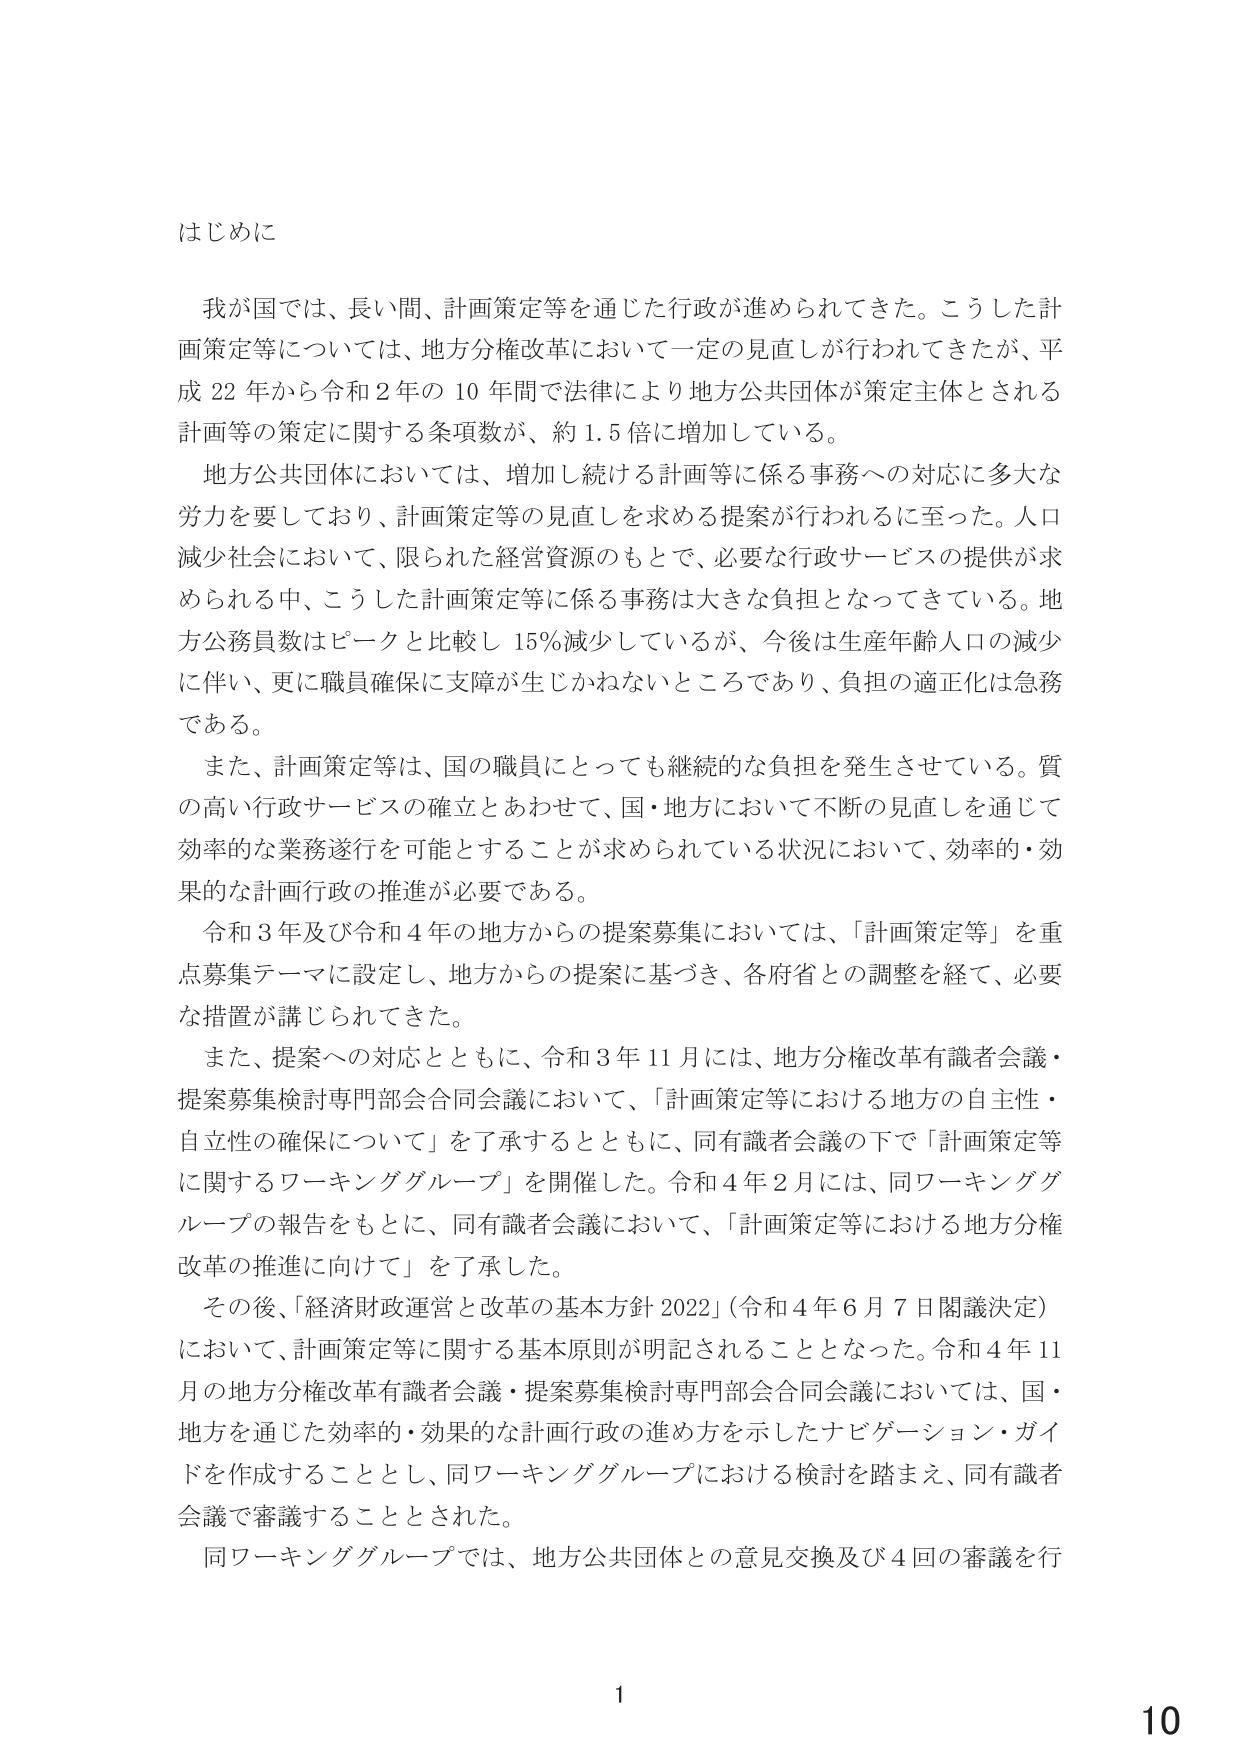
はじめに

我が国では、長い間、計画策定等を通じた行政が進められてきた。こうした計画策定等については、地方分権改革において一定の見直しが行われてきたが、平成22年から令和2年の10年間で法律により地方公共団体が策定主体とされる計画等の策定に関する条項数が、約1.5倍に増加している。

地方公共団体においては、増加し続ける計画等に係る事務への対応に多大な労力を要しており、計画策定等の見直しを求める提案が行われるに至った。人口減少社会において、限られた経営資源のもとで、必要な行政サービスの提供が求められる中、こうした計画策定等に係る事務は大きな負担となってきている。地方公務員数はピークと比較し15％減少しているが、今後は生産年齢人口の減少に伴い、更に職員確保に支障が生じかねないところであり、負担の適正化は急務である。

また、計画策定等は、国の職員にとっても継続的な負担を発生させている。質の高い行政サービスの確立とあわせて、国・地方において不断の見直しを通じて効率的な業務遂行を可能とすることが求められている状況において、効率的・効果的な計画行政の推進が必要である。

令和3年及び令和4年の地方からの提案募集においては、「計画策定等」を重点募集テーマに設定し、地方からの提案に基づき、各府省との調整を経て、必要な措置が講じられてきた。

また、提案への対応とともに、令和3年11月には、地方分権改革有識者会議・提案募集検討専門部会合同会議において、「計画策定等における地方の自主性・自立性の確保について」を了承するとともに、同有識者会議の下で「計画策定等に関するワーキンググループ」を開催した。令和4年2月には、同ワーキンググループの報告をもとに、同有識者会議において、「計画策定等における地方分権改革の推進に向けて」を了承した。

その後、「経済財政運営と改革の基本方針2022」（令和4年6月7日閣議決定）において、計画策定等に関する基本原則が明記されることとなった。令和4年11月の地方分権改革有識者会議・提案募集検討専門部会合同会議においては、国・地方を通じた効率的・効果的な計画行政の進め方を示したナビゲーション・ガイドを作成することとし、同ワーキンググループにおける検討を踏まえ、同有識者会議で審議することとされた。

同ワーキンググループでは、地方公共団体との意見交換及び4回の審議を行

1
10